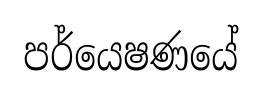
පර්යෙෂණයේ